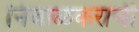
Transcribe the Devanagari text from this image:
निंबाळकराची